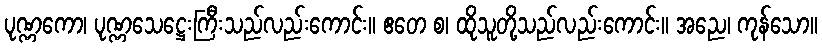
ပုဏ္ဏကော၊ ပုဏ္ဏသေဋ္ဌေးကြီးသည်လည်းကောင်း။ ဧတေ စ၊ ထိုသူတို့သည်လည်းကောင်း။ အညေ၊ ကုန်သော။